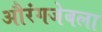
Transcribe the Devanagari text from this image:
औरंगजेबला